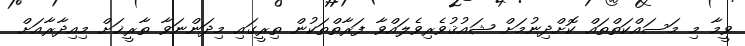
ވީމާ މި މަސައްކަތްތައް ކޮށްދިނުމަށް ޝައުޤުވެރިވެލައްވާ ފަރާތްތަކުން ތިރީގައި މިދަންނަވާ ތާރީޚަށް މިއިދާރާއަށް